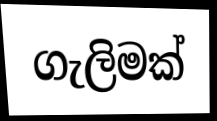
ගැලිමක්